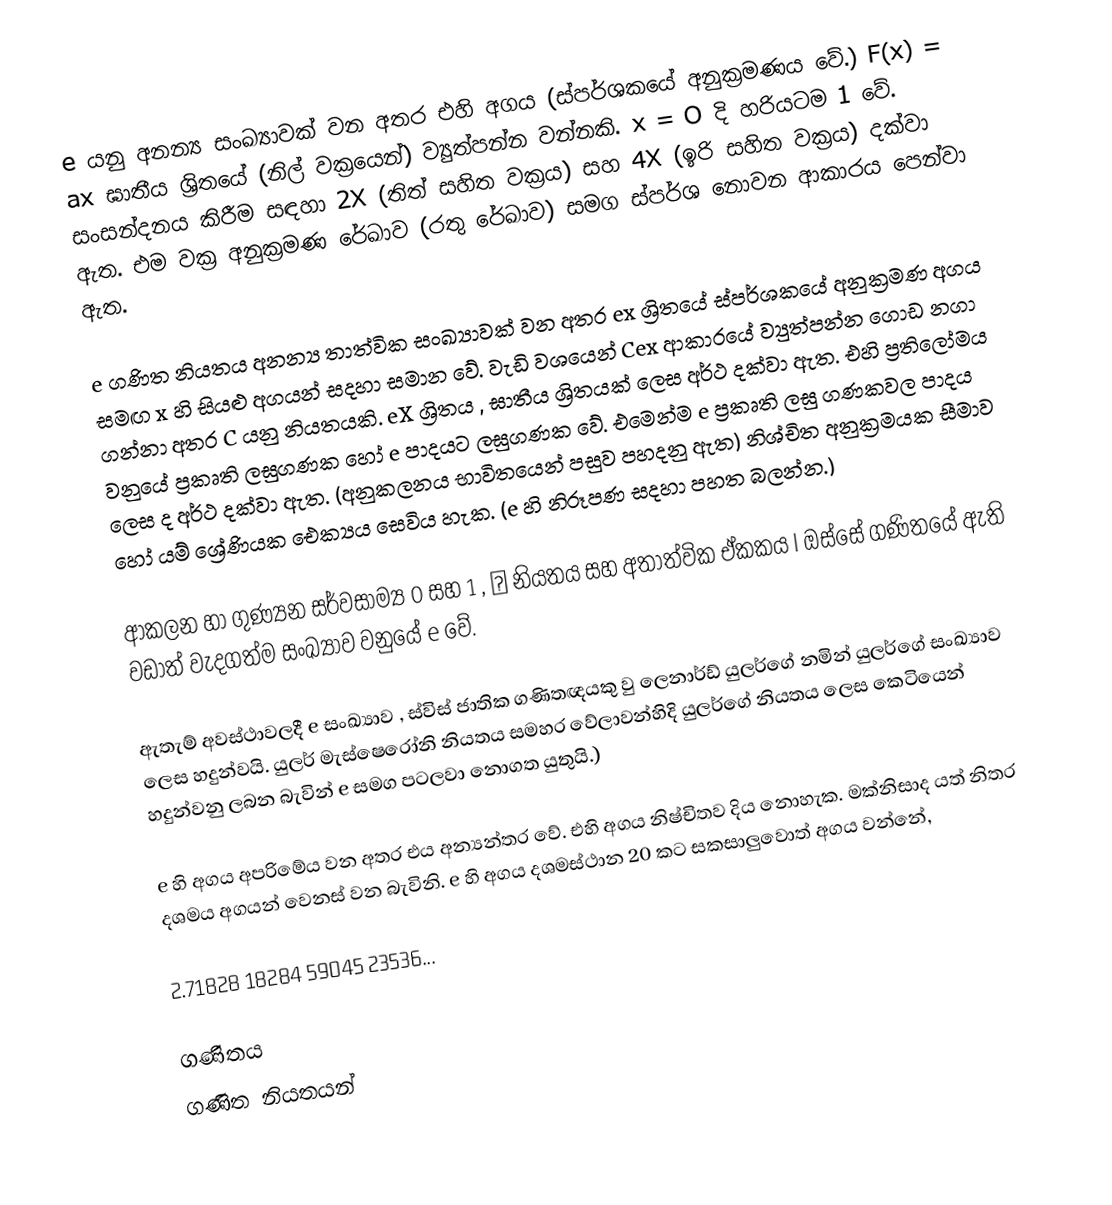
e යනු අනන්‍ය සංඛ්‍යාවක් වන අතර එහි අගය (ස්පර්ශකයේ අනුක්‍රමණය වේ.) F(x) = ax ඝාතීය ශ්‍රිතයේ (නිල් වක්‍රයෙන්) ව්‍යුත්පන්න වන්නකි. x = O දි හරියටම 1 වේ. සංසන්දනය කිරීම සඳහා 2X (තිත් සහිත වක්‍රය) සහ 4X (ඉරි සහිත වක්‍රය) දක්වා ඇත. එම වක්‍ර අනුක්‍රමණ රේඛාව (රතු රේඛාව) සමග ස්පර්ශ නොවන ආකාරය පෙන්වා ඇත.

e ගණිත නියතය අනන්‍ය තාත්වික සංඛ්‍යාවක් වන අතර ex ශ්‍රිතයේ ස්පර්ශකයේ අනුක්‍රමණ අගය සමඟ x හි සියළු අගයන් සදහා සමාන වේ. වැඩි වශයෙන් Cex ආකාරයේ ව්‍යුත්පන්න ගොඩ නගා ගන්නා අතර C යනු නියතයකි. eX ශ්‍රිතය , ඝාතීය ශ්‍රිතයක් ලෙස අර්ථ දක්වා ඇත. එහි ප්‍රතිලෝමය වනුයේ ප්‍රකෘති ලඝුගණක හෝ e පාදයට ලඝුගණක වේ. එමෙන්ම e ප්‍රකෘති ලඝු ගණකවල පාදය ලෙස ද අර්ථ දක්වා ඇත. (අනුකලනය භාවිතයෙන් පසුව පහදනු ඇත) නිශ්චිත අනුක්‍රමයක සීමාව හෝ යම් ශ්‍රේණියක ඓක්‍යය සෙවිය හැක. (e හි නිරූපණ සදහා පහත බලන්න.)

ආකලන හා ගුණ්‍යන සර්වසාම්‍ය 0 සහ 1 , Л නියතය සහ අතාත්වික ඒකකය I ඔස්සේ ගණිතයේ ඇති වඩාත් වැදගත්ම සංඛ්‍යාව වනුයේ e වේ.

ඇතැම් අවස්ථාවලදී e සංඛ්‍යාව , ස්විස් ජාතික ගණිතඥයකු වු ලෙනාර්ඩ් යුලර්ගේ නමින් යුලර්ගේ සංඛ්‍යාව ලෙස හදුන්වයි. යුලර් මැස්ෂෙරෝනි නියතය සමහර වේලාවන්හිදි යුලර්ගේ නියතය ලෙස කෙටියෙන් හදුන්වනු ලබන බැවින් e සමග පටලවා නොගත යුතුයි.)

e හි අගය අපරිමේය වන අතර එය අන්‍යන්තර වේ. එහි අගය නිෂ්චිතව දිය නොහැක. මක්නිසාද යත් නිතර දශමය අගයන් වෙනස් වන බැවිනි. e හි අගය දශමස්ථාන 20 කට සකසාලුවොත් අගය වන්නේ,

2.71828 18284 59045 23536...

ගණිතය
ගණිත නියතයන්